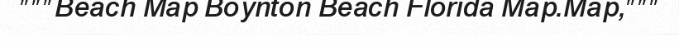
"""Beach Map Boynton Beach Florida Map.Map,"""